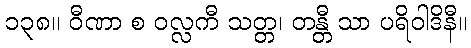
၁၃၈။ ဝီဏာ စ ဝလ္လကီ သတ္တ၊ တန္တီ သာ ပရိဝါဒိနီ။